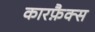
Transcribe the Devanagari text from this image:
कारफ़ैक्स